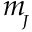
m _ { \! _ { J } }